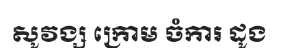
សូវង្ស ក្រោម ចំការ ដូង